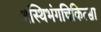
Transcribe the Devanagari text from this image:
अस्थिभंगचिकित्सा